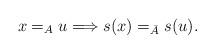
LaTeX: \begin{align*} x=_A u \Longrightarrow s(x) =_{\bar{A}} s(u).\end{align*}